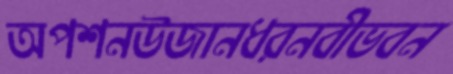
অপশনউজানধরনবীভবন